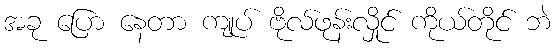
အခု ပြော နေတာ ကျုပ် ဗိုလ်ဖုန်းလှိုင် ကိုယ်တိုင် ဘဲ